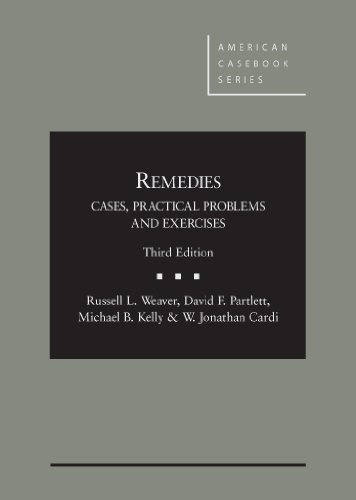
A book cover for Remedies: Cases, Practical Problems and Exercises, 3d (American Casebook Series); Russell Weaver; Law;